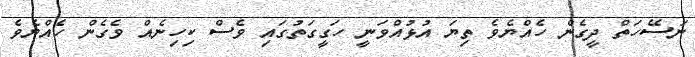
ނަސޭހަތް ދީގެން ހެއްޔެވެ ތިޔަ އުޅުއްވަނީ ހަގީގަތުގައި ވެސް ކިހިނެއް ވެގެން ހެއްޔެވެ